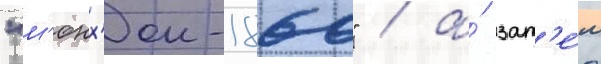
"м'юнх'ен-1860" / а́ зат'е́м